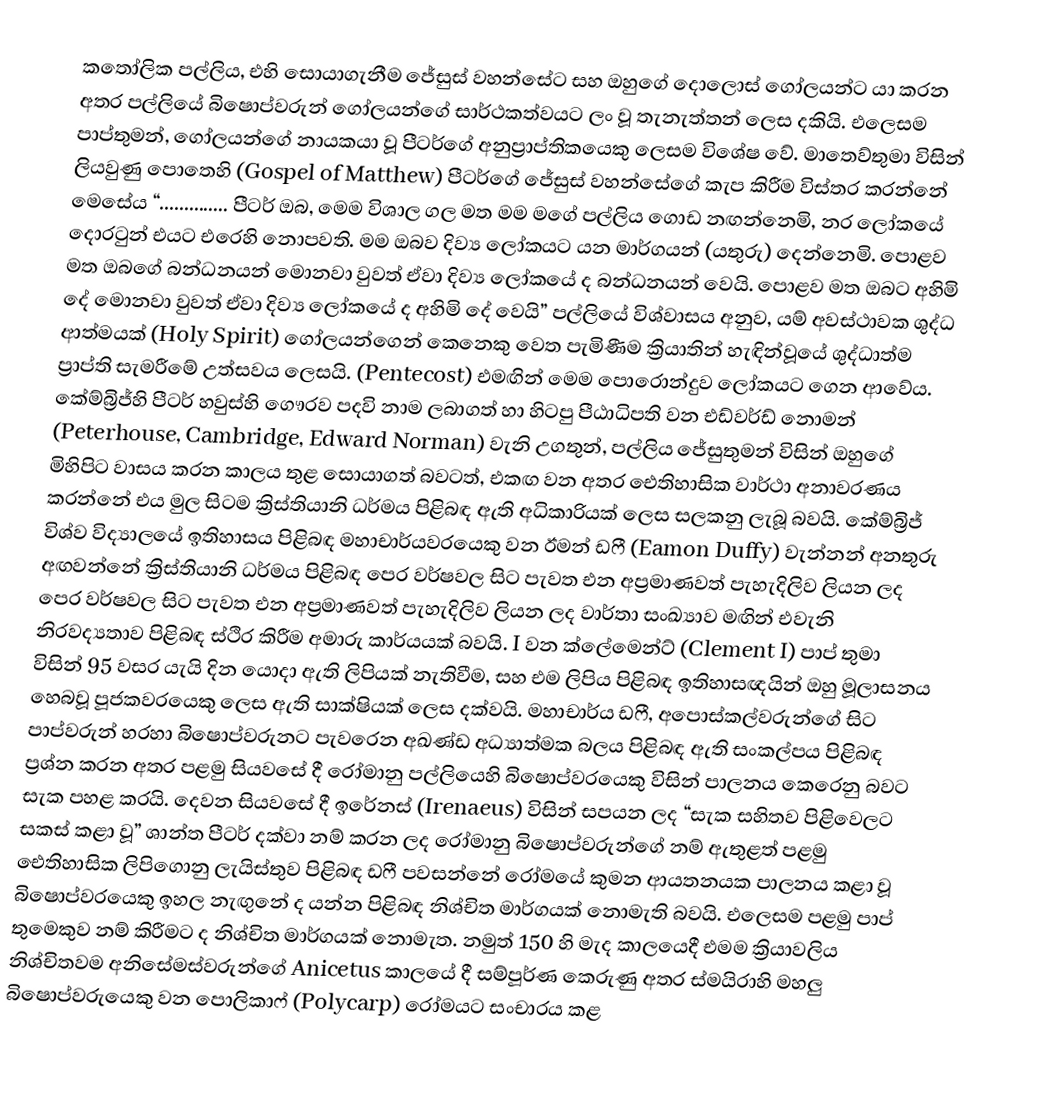
කතෝලික පල්ලිය, එහි සොයාගැනීම ජේසුස් වහන්සේට සහ ඔහුගේ දොලොස් ගෝලයන්ට යා කරන අතර පල්ලියේ බිෂොප්වරුන් ගෝලයන්ගේ සාර්ථකත්වයට ලං වූ තැනැත්තන් ලෙස දකියි. එලෙසම පාප්තුමන්, ගෝලයන්ගේ නායකයා වූ පීටර්ගේ අනුප්‍රාප්තිකයෙකු ලෙසම විශේෂ ‍වේ. මාතෙව්තුමා විසින් ලියවුණු පොතෙහි (Gospel of Matthew) පීටර්ගේ ජේසුස් වහන්සේගේ කැප කිරීම විස්තර කරන්නේ මෙසේය “.............. පීටර් ඔබ, මෙම විශාල ගල මත මම මගේ පල්ලිය ගොඩ නඟන්නෙමි, නර ලෝකයේ දොරටුන් එයට ‍එරෙහි නොපවති. මම ඔබව දිව්‍ය ලෝකයට යන මාර්ගයන් (යතුරු) දෙන්නෙමි. පොළව මත ඔබගේ බන්ධ‍නයන් මොනවා වුවත් ඒවා දිව්‍ය ලෝකයේ ද බන්ධනයන් වෙයි. පොළව මත ඔබට අහිමි දේ මොනවා වුවත් ඒවා දිව්‍ය ලෝකයේ ද අහිමි දේ වෙයි” පල්ලියේ විශ්වාසය අනුව, යම් අවස්ථාවක ශුද්ධ ආත්මයක් (Holy Spirit) ගෝලයන්ගෙන් කෙනෙකු වෙත පැමිණීම ක්‍රියාතින් හැඳින්වූයේ ශුද්ධාත්ම ප්‍රාප්ති සැමරීමේ උත්සවය ලෙසයි. (Pentecost) එමඟින් මෙම පොරොන්දුව ලෝකයට ගෙන ආවේය. කේම්බ්‍රිජ්හි පීටර් හවුස්හි ගෞරව පදවි නාම ලබාගත් හා හිටපු පීඨාධිපති වන එඩ්වර්ඩ් නොමන් (Peterhouse, Cambridge, Edward Norman) වැනි උගතුන්, පල්ලිය ජේසුතුමන් විසින් ඔහුගේ මිහිපිට වාසය කරන කාලය තුළ සොයාගත් බවටත්, එකඟ වන අතර ඓතිහාසික වාර්ථා අනාවරණය කරන්නේ එය මුල සිටම ක්‍රිස්තියානි ධර්මය පිළිබඳ ඇති අධිකාරියක් ලෙස සලකනු ලැබූ බවයි. කේම්බ්‍රිජ් විශ්ව විද්‍යාලයේ ඉතිහාස‍ය පිළිබඳ මහාචාර්යවරයෙකු වන ඊමන් ඩෆී (Eamon Duffy) වැන්නන් අනතුරු අඟවන්නේ ක්‍රිස්තියානි ධර්මය පිළිබඳ පෙර වර්ෂවල සිට පැවත එන අප්‍රමාණවත් පැහැදිලිව ලියන ලද පෙර වර්ෂවල සිට පැවත එන අප්‍රමාණවත් පැහැදිලිව ලියන ලද වාර්තා සංඛ්‍යාව මඟින් එවැනි නිරවද්‍යතාව පිළිබඳ ස්ථිර කිරීම අමාරු කාර්යයක් බවයි. I වන ක්ලේමෙන්ට් (Clement I) පාප් තුමා විසින් 95 වසර යැයි දින යොදා ඇති ලිපියක් නැතිවීම, සහ එම ලිපිය පිළිබඳ ඉතිහාසඥයින් ඔහු මූලාසනය හෙබවූ පූජකවරයෙකු ලෙස ඇති සාක්ෂියක් ලෙස දක්වයි. මහාචාර්ය ඩෆී, අපොස්කල්වරුන්ගේ සිට පාප්වරුන් හරහා බිෂොප්වරුනට පැවරෙන අඛණ්ඩ අධ්‍යාත්මක බලය පිළිබඳ ඇති සංකල්පය පිළිබඳ ප්‍රශ්න කරන අතර පළමු සියවසේ දී රෝමානු පල්ලියෙහි බිෂොප්වරයෙකු විසින් පාලනය කෙරෙනු බවට සැක පහළ කරයි. දෙවන සියවසේ දී ‍ඉරේනස් (Irenaeus) විසින් සපයන ලද “සැක සහිතව පිළිවෙලට සකස් කළා වූ” ශාන්ත පීටර් දක්වා නම් කරන ලද රෝමානු බිෂොප්වරුන්ගේ නම් ඇතුළත් පළමු ඓතිහාසික ලිපිගොනු ලැයිස්තුව පිළිබඳ ඩෆී පවසන්නේ රෝමයේ කුමන ආයතනයක පාලනය කළා වූ බිෂොප්වරයෙකු ඉහල නැඟුනේ ද යන්න  පිළිබඳ නිශ්චිත මාර්ගයක් නොමැති බවයි. එලෙසම පළමු පාප් තුමෙකුව නම් කිරීමට ද නිශ්චිත මාර්ගයක් නොමැත. නමුත් 150 හි මැද කාලයෙදී එමම ක්‍රියාවලිය නිශ්චිතවම අනිසේමස්වරුන්ගේ Anicetus කාලයේ දී සම්පූර්ණ කෙ‍රුණු අතර ස්මයිරාහි මහලු බිෂොප්වරුයෙකු වන පොලිකාෆ් (Polycarp) රෝමයට සංචාරය කළ